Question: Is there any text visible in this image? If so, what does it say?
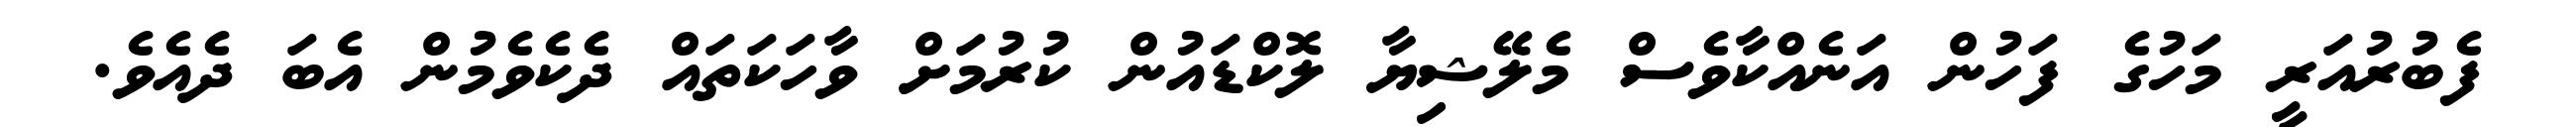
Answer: ފެބުރުއަރީ މަހުގެ ފަހުން އަނެއްކާވެސް މެލޭޝިޔާ ލޮކްޑައުން ކުރުމަށް ވާހަކަތައް ދެކެވެމުން އެބަ ދެއެވެ.